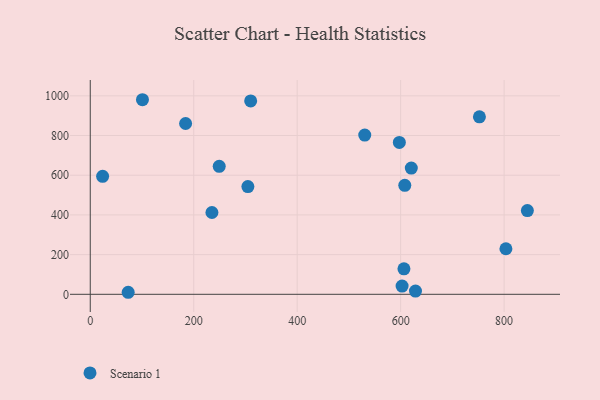
{"axis": {"x": "Engine Size", "y": "Sales"}, "legend": ["Scenario 1"], "data": [{"x": "73.3", "y": 10.2, "type": "Scenario 1"}, {"x": "235.2", "y": 412.1, "type": "Scenario 1"}, {"x": "100.9", "y": 980.4, "type": "Scenario 1"}, {"x": "184.3", "y": 860.5, "type": "Scenario 1"}, {"x": "803.5", "y": 229.5, "type": "Scenario 1"}, {"x": "304.7", "y": 542.9, "type": "Scenario 1"}, {"x": "620.6", "y": 636.2, "type": "Scenario 1"}, {"x": "752.3", "y": 894.0, "type": "Scenario 1"}, {"x": "608.0", "y": 549.0, "type": "Scenario 1"}, {"x": "602.8", "y": 41.4, "type": "Scenario 1"}, {"x": "597.5", "y": 765.0, "type": "Scenario 1"}, {"x": "845.0", "y": 421.7, "type": "Scenario 1"}, {"x": "310.1", "y": 974.3, "type": "Scenario 1"}, {"x": "530.6", "y": 802.3, "type": "Scenario 1"}, {"x": "606.4", "y": 128.4, "type": "Scenario 1"}, {"x": "23.9", "y": 594.6, "type": "Scenario 1"}, {"x": "249.3", "y": 644.6, "type": "Scenario 1"}, {"x": "628.7", "y": 16.4, "type": "Scenario 1"}]}